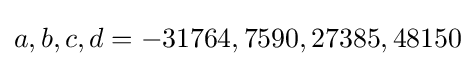
a,b,c,d=-31764,7590,27385,48150